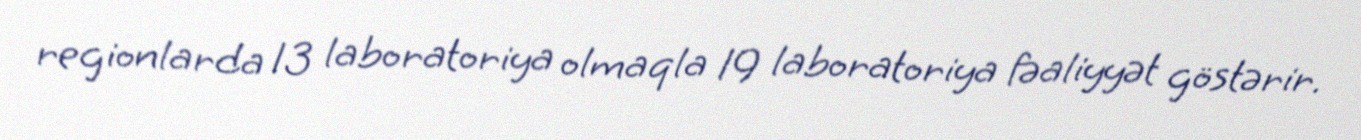
regionlarda 13 laboratoriya olmaqla 19 laboratoriya fəaliyyət göstərir.